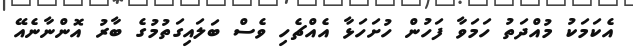
އެކަމަކު މުއްދަތު ހަމަވާ ފަހުން ހުށަހަޅާ އެއްޗެހި ވެސް ބަލައިގަތުމުގެ ބާރު އޮންނާނެއޭ